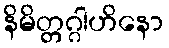
နိမိတ္တဂ္ဂါဟိနော